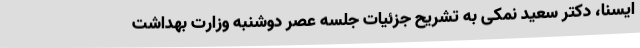
ایسنا، دکتر سعید نمکی به تشریح جزئیات جلسه عصر دوشنبه وزارت بهداشت